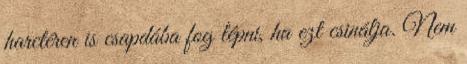
harctéren is csapdába fog lépni, ha ezt csinálja. Nem